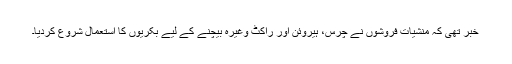
خبر تھی کہ منشیات فروشوں نے چرس، ہیروئن اور راکٹ وغیرہ بیچنے کے لیے بکریوں کا استعمال شروع کردیا۔